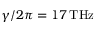
\gamma / 2 \pi = 1 7 \, \mathrm { T H z }